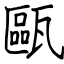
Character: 甌